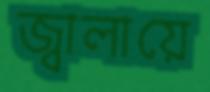
জ্বালায়ে